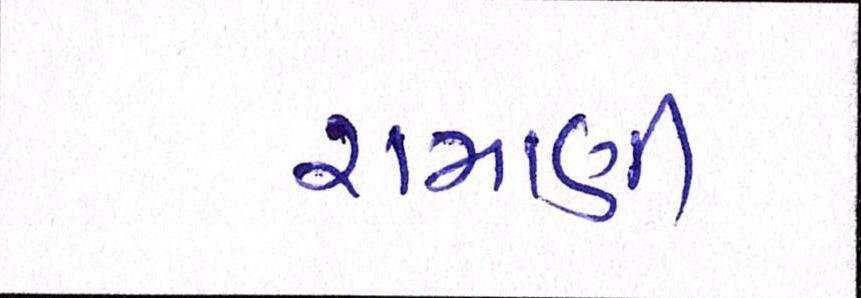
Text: રામાણી